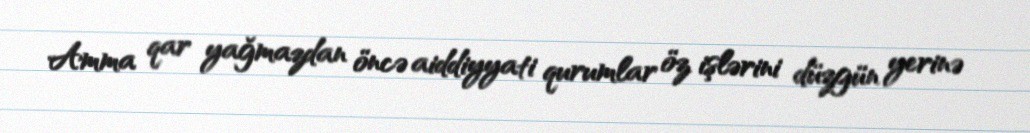
Amma qar yağmazdan öncə aiddiyyati qurumlar öz işlərini düzgün yerinə